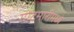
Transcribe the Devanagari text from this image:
गोटमारीमध्ये